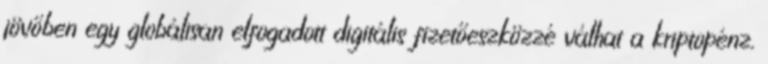
jövőben egy globálisan elfogadott digitális fizetőeszközzé válhat a kriptopénz.